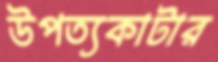
উপত্যকাটার